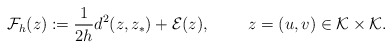
\begin{align*}\mathcal F_h(z):=\frac{1}{2h}d^2(z,z_*)+\mathcal E(z), \qquad\ z=(u,v)\in\mathcal{K}\times\mathcal{K}.\end{align*}